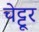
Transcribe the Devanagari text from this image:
चेट्टूर